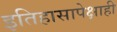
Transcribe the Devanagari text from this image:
इतिहासापेक्षाही